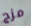
مزج